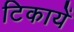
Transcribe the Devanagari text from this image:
टिकायें